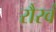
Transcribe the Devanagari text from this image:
रौरवं